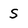
Character: S